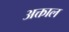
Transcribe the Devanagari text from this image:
अक्ताल